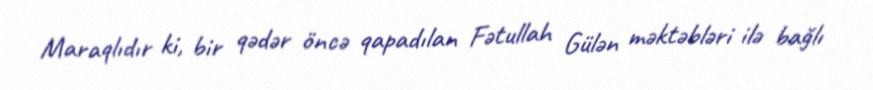
Maraqlıdır ki, bir qədər öncə qapadılan Fətullah Gülən məktəbləri ilə bağlı